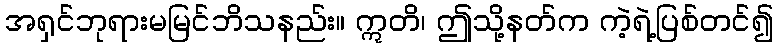
အရှင်ဘုရားမမြင်ဘိသနည်း။ ဣတိ၊ ဤသို့နတ်က ကဲ့ရဲ့ပြစ်တင်၍